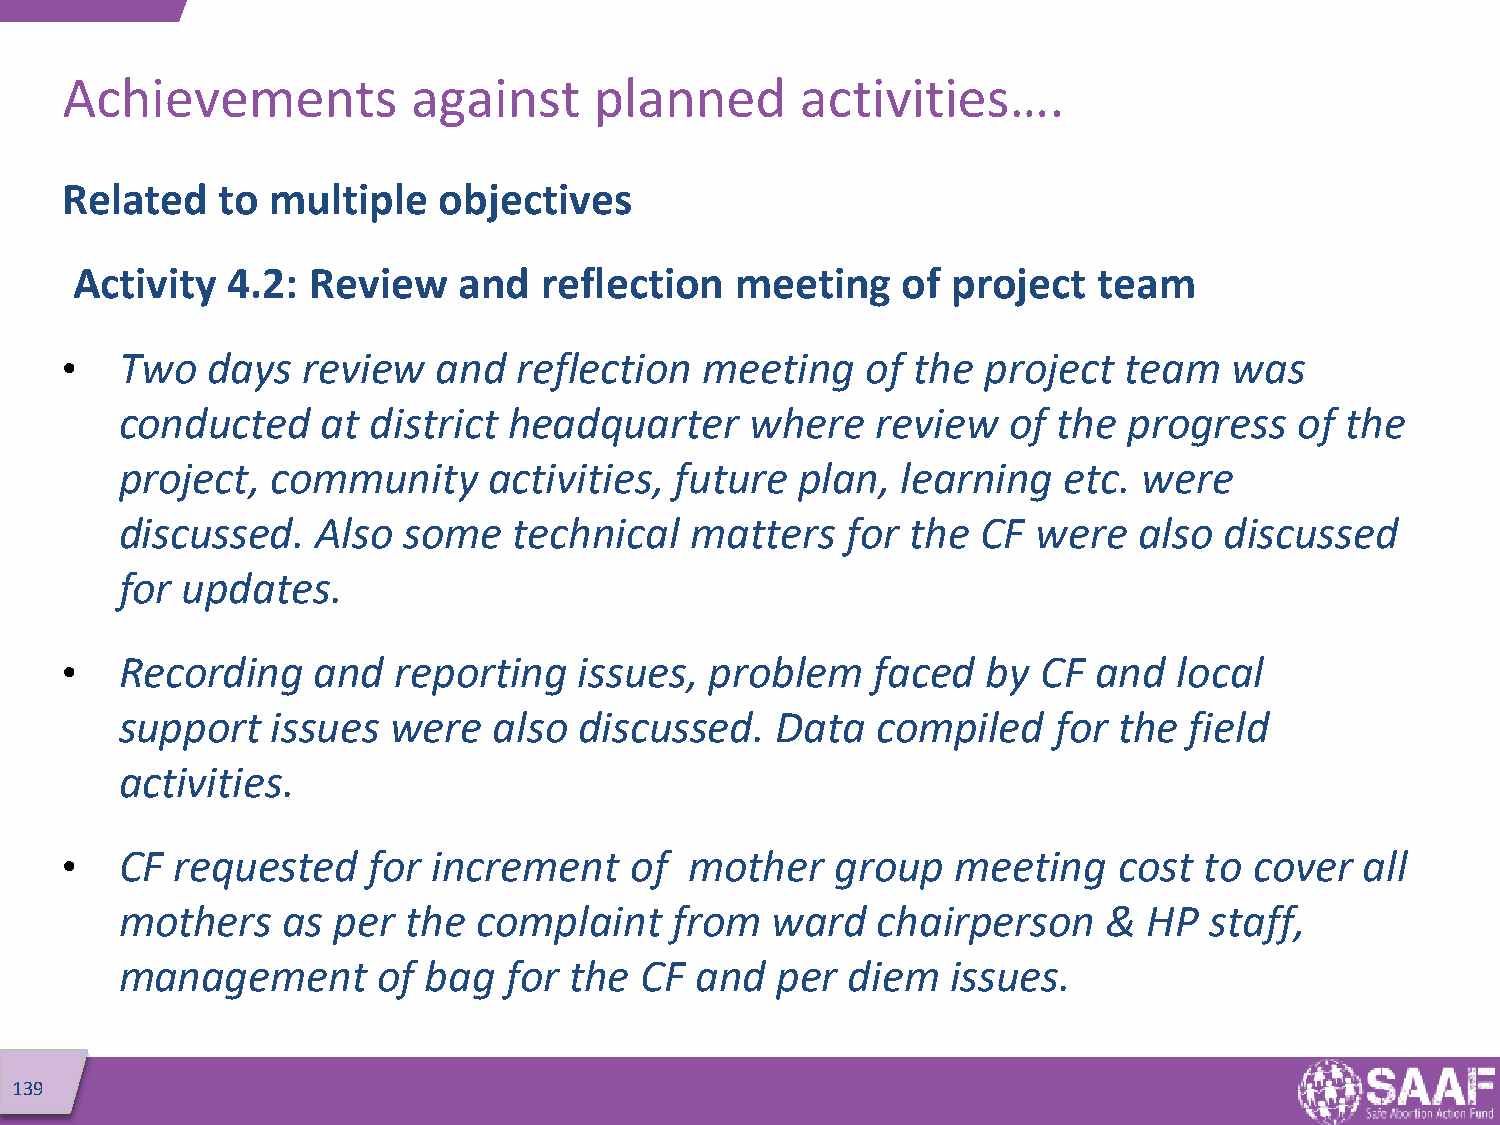
Achievements           against     planned       activities….
 Related   to  multiple   objectives
 Activity  4.2: Review    and   reflection   meeting    of project   team
 •   Two   days  review   and  reflection   meeting   of  the project  team    was
 conducted    at  district headquarter     where   review   of the  progress   of the
 project,  community     activities,  future  plan,  learning  etc.  were
 discussed.   Also  some   technical   matters   for the  CF  were  also  discussed
 for updates.
 •   Recording    and  reporting   issues,  problem    faced  by  CF  and  local
 support   issues  were   also discussed.   Data   compiled    for the  field
 activities.
 •   CF  requested   for  increment    of  mother   group   meeting    cost  to cover  all
 mothers    as per  the  complaint    from  ward   chairperson    &  HP  staff,
 management       of bag   for the CF  and  per  diem   issues.
 139